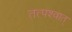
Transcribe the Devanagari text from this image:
तत्‍पश्‍वात्